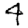
Digit: 4